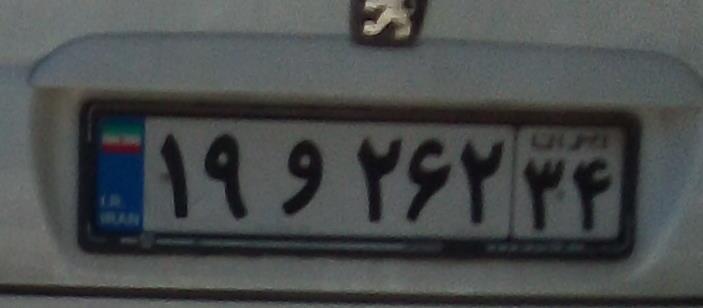
۱۹و۲۶۲۳۴